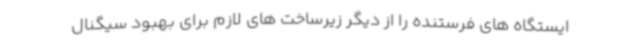
ایستگاه های فرستنده را از دیگر زیرساخت های لازم برای بهبود سیگنال